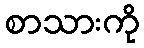
စာသားကို